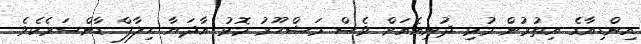
އިންޑިއާގެ އިތުރުން މުޅި ދުނިއެއަށް ވެސް މަޝްހޫރު މޮޅު އާދަޔާ ހިލާފް ޑާންސަރެކެވެ.